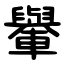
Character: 轝